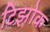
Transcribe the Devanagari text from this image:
टिझोक